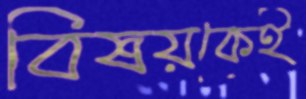
বিষয়কেই